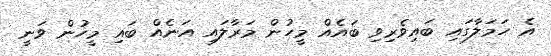
އެ ހަމަލާގައި ބައިވެރިވި ބައެއް މީހުން މަރާލައި އަނެއް ބައި މީހުން ވަނީ